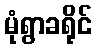
မုံရွာခရိုင်